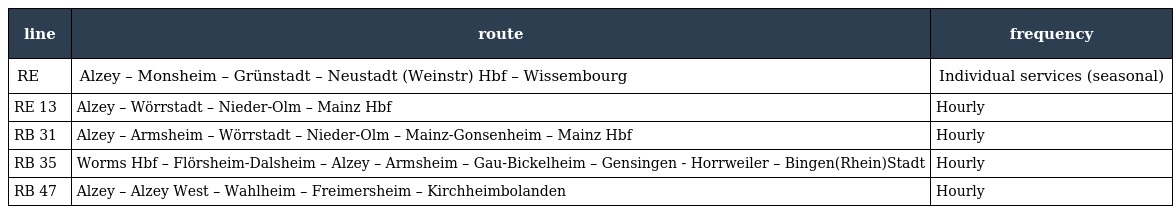
| line | route | frequency |
 | --- | --- | --- |
 | RE | Alzey – Monsheim – Grünstadt – Neustadt (Weinstr) Hbf – Wissembourg | Individual services (seasonal) |
 | RE 13 | Alzey – Wörrstadt – Nieder-Olm – Mainz Hbf | Hourly |
 | RB 31 | Alzey – Armsheim – Wörrstadt – Nieder-Olm – Mainz-Gonsenheim – Mainz Hbf | Hourly |
 | RB 35 | Worms Hbf – Flörsheim-Dalsheim – Alzey – Armsheim – Gau-Bickelheim – Gensingen - Horrweiler – Bingen(Rhein)Stadt | Hourly |
 | RB 47 | Alzey – Alzey West – Wahlheim – Freimersheim – Kirchheimbolanden | Hourly |